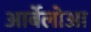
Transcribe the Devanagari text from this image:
आर्बेलोआ